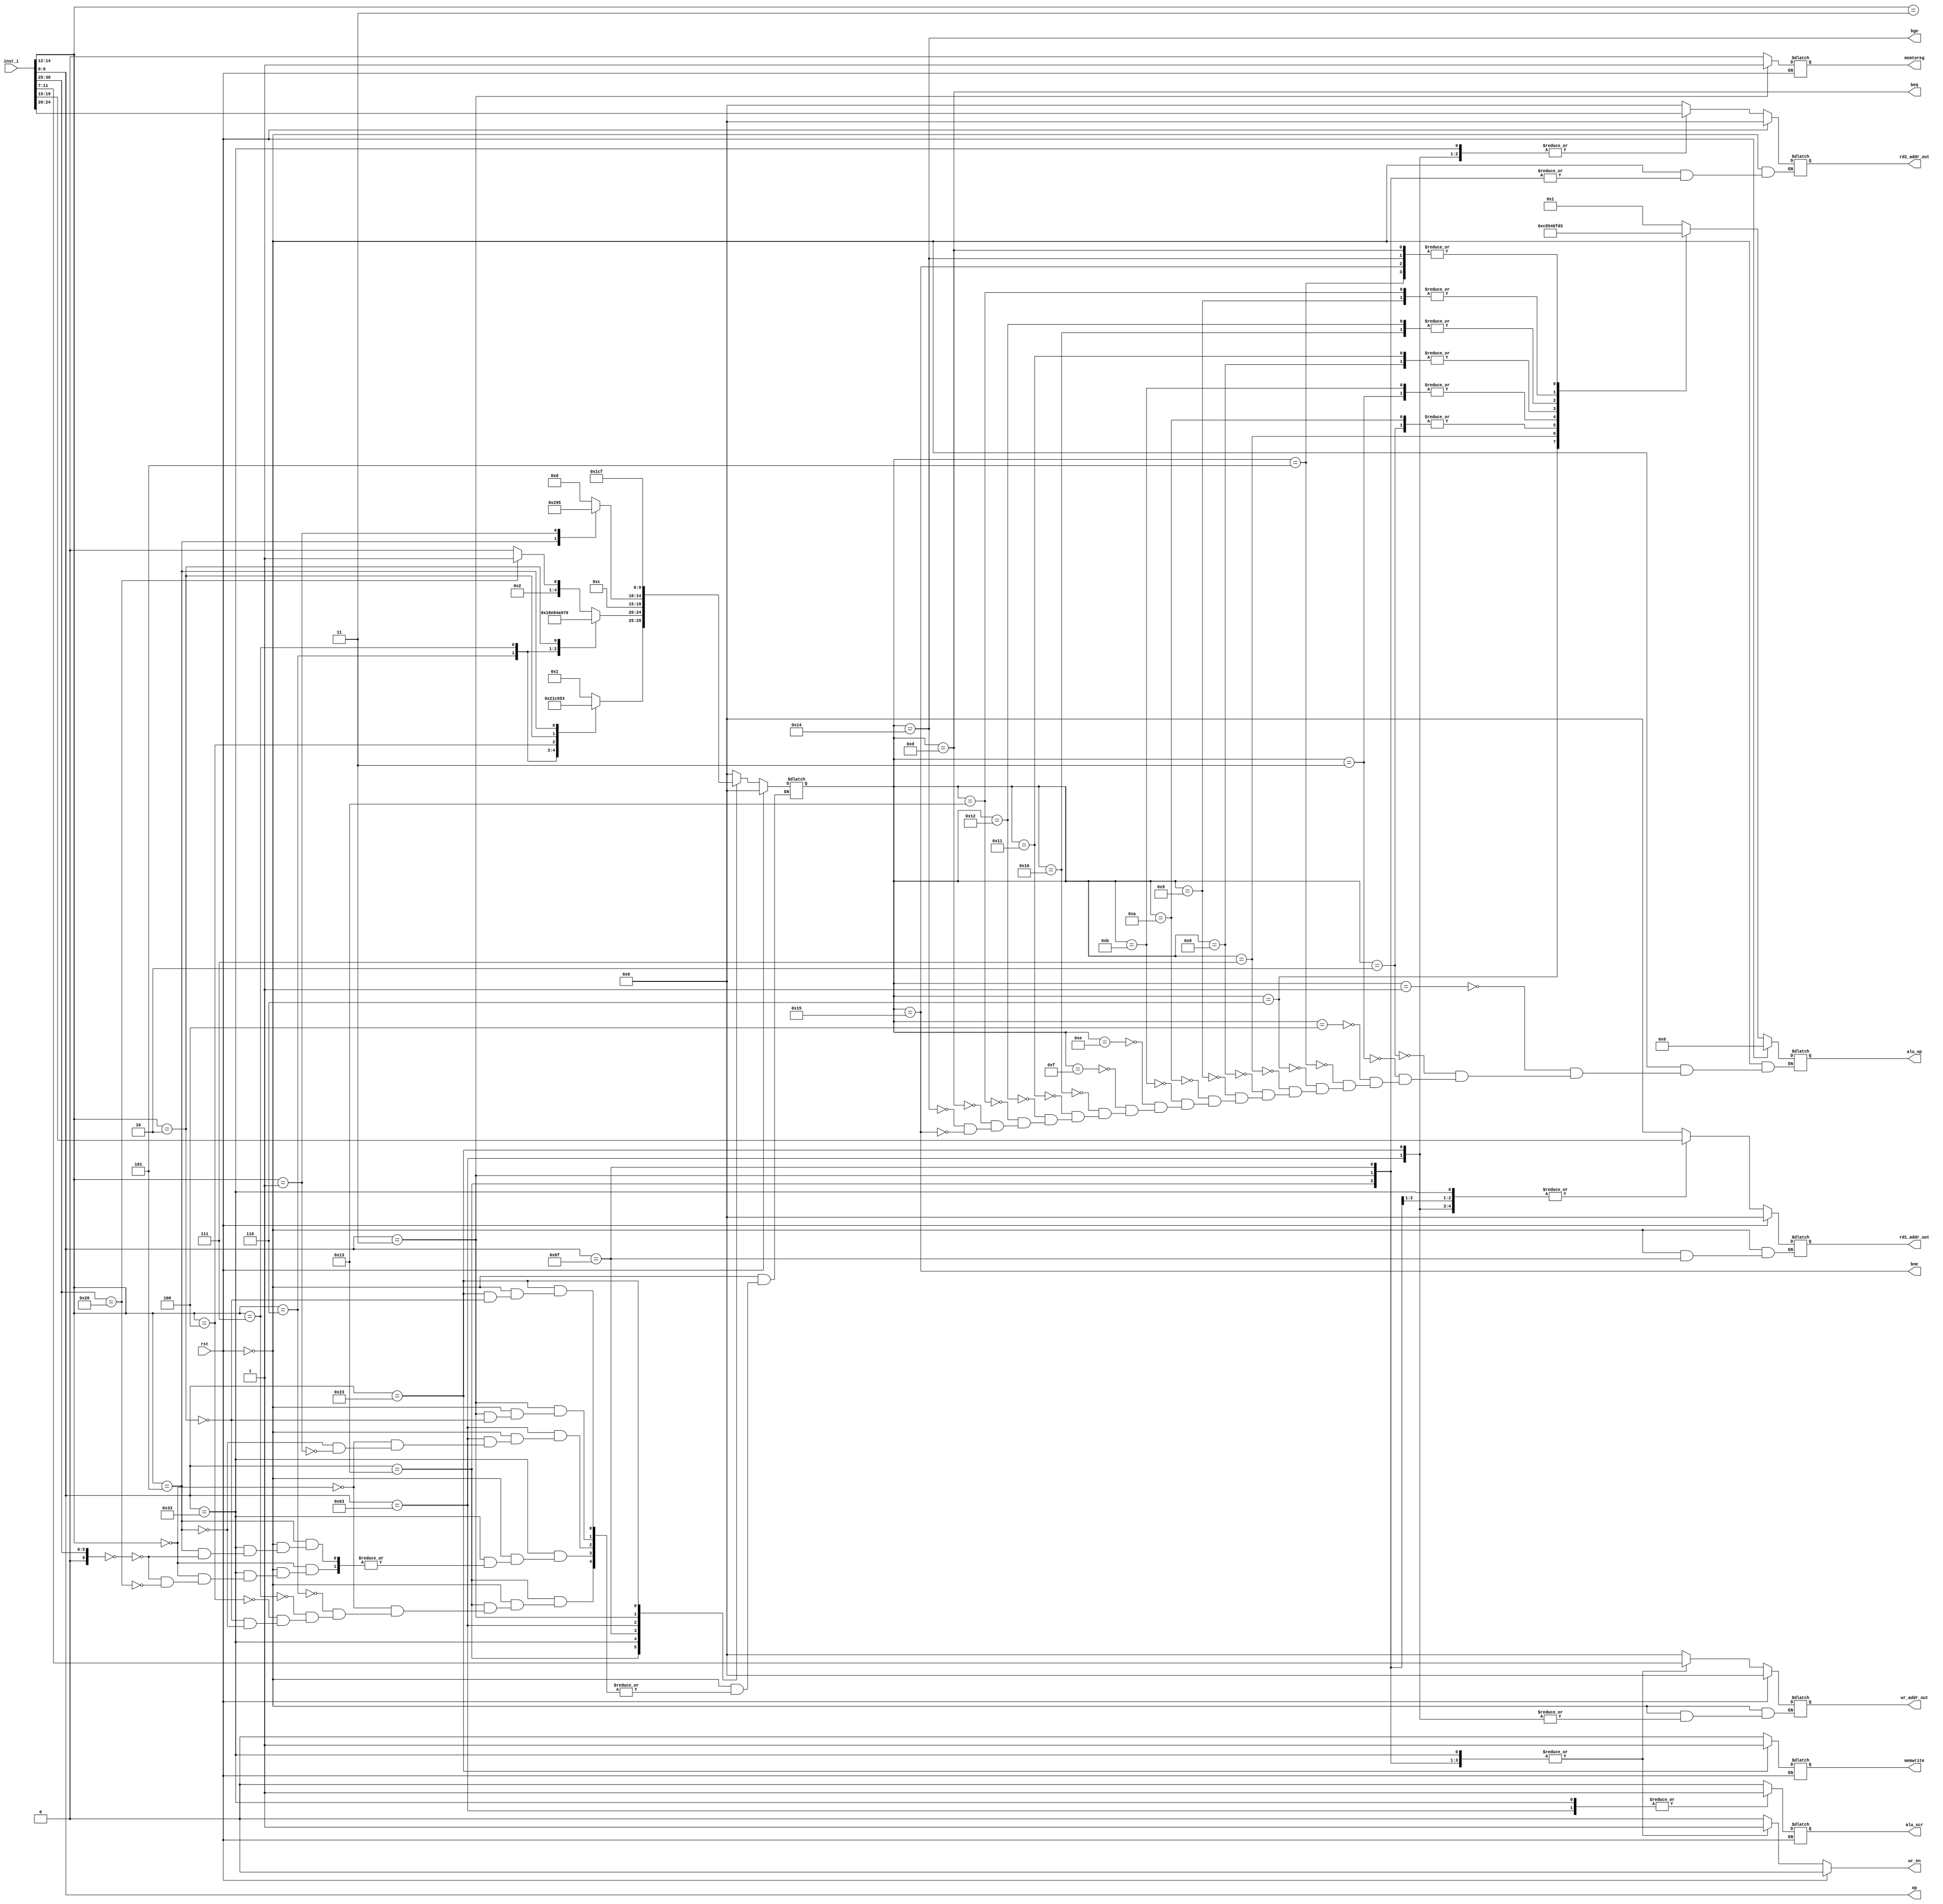
/*
1.  ( add )
2. 
3. 
3. 
*/

module id(//
    //system signals
    input                       rst,
	//pc_reg
    input               [31:0]  inst_i,//
	output						beq,//jal,//bne,
	output						bge,
	output						bne,
	//regfile
    output		reg     [4:0]   rd1_addr_out,//rs1_addr
    output		reg     [4:0]   rd2_addr_out,//rs2_addr
	output		reg				wr_en,
	output		reg		[4:0]	wr_addr_out,
	//alu
	output				[6:0]	op,
	output		reg		[3:0]	alu_op,
	output		reg				alu_scr,
	//data_memory
	output		reg				memwrite,
	output		reg				memtoreg
);
	//fun3
	localparam 	SW_FUNC3	= 3'b010;

	//op_code
	localparam	type_1	= 7'b001_0011,//I_TYPE  OP_IMM	7'b001_0011;
				type_2	= 7'b011_0011,//R_TYPE  OP		7'b011_0011;
				type_3	= 7'b110_1111,//J_TYPE	JAL		7'b110_1111;
				type_4	= 7'b110_0011,//B_TYPE	BRANCH	7'b110_0011;
				type_5	= 7'b000_0011,//I_TYPE	STORE	7'b000_0011;
				type_6	= 7'b010_0011;//S_TYPE	STORE	7'b010_0011;
	//sign_inst 
	localparam	INST_ADDI	=	5'd1,
				INST_ORI	=	5'd2,
				INST_ANDI	=	5'd3,
				INST_ADD	=	5'd4,
				INST_SUB	=	5'd5,
				INST_SLL	=	5'd6,
				INST_SLTU	=	5'd7,
				INST_XOR	=	5'd8,
				INST_SRL	=	5'd9,
				INST_OR		=	5'd10,
				INST_AND	=	5'd11,
				INST_JAL	=	5'd12,
				INST_BEQ	=	5'd13,
				INST_LW		=	5'd14,
				INST_SW		=	5'd15,
				INST_SLT	=	5'd16,
				INST_XORI	=	5'd17,
				INST_SLTI	=	5'd18,
				INST_SRLI	=	5'd19,
				INST_BGE	=	5'd20,
				INST_BNE	=	5'd21;
	//sign_alu 
	localparam	ADD = 4'b0001,
				SUB = 4'b0011,
				AND = 4'b0100,
			  	OR  = 4'b0101,
			  	XOR = 4'b0110,
			  	SLL = 4'b1100,
			  	SLTU= 4'b1000,
			  	SRL = 4'b1101,
				COM = 4'b1111;

	reg [4:0]	inst_judge;//

	wire [2:0]	func3;
	wire [6:0]	func7;
//----------------------------------------------------------------------------------------------------
	assign op 		=	inst_i[6:0];
	assign func3	=	inst_i[14:12];
	assign func7	=	inst_i[30:25];

	always@(*)begin
		if(rst)begin
			inst_judge = 'd0;
		end
		else begin
			case(op)
				type_1:begin
					case(func3)
						3'b000:inst_judge = INST_ADDI;
						3'b110:inst_judge = INST_ORI;
						3'b111:inst_judge = INST_ANDI;
						3'b100:inst_judge = INST_XORI;
						3'b010:inst_judge = INST_SLTI;
						3'b101:inst_judge = INST_SRLI;
					endcase
				end
				type_2:begin
					case(func3)
						3'b000:begin
							case (func7)
								7'b000_0000: inst_judge = INST_ADD;
								7'b010_0000: inst_judge = INST_SUB;
							endcase
						end
						3'b001:inst_judge = INST_SLL;
						3'b011:inst_judge = INST_SLTU;
						3'b100:inst_judge = INST_XOR;
						3'b101:begin
							case(func7)
								7'b000_0000:inst_judge = INST_SRL;
							endcase
						end
						3'b110:inst_judge = INST_OR;
						3'b111:inst_judge = INST_AND;
						3'b010:inst_judge = INST_SLT;
					endcase
				end
				type_3:begin
					inst_judge = INST_JAL;
				end
				type_4:begin
					case(func3)
						3'b000:inst_judge = INST_BEQ;
						3'b101:inst_judge = INST_BGE;
						3'b001:inst_judge = INST_BNE;
					endcase
				end
				type_5:begin
					case(func3)
						3'b010:inst_judge = INST_LW;
					endcase
				end
				type_6:begin
					case(func3)
						3'b010:inst_judge = INST_SW;
					endcase
				end
				default:begin
					inst_judge = 'd0;
				end
			endcase
		end
	end
//----------------------------------------------------------------------------------------------------
assign beq = (inst_judge == INST_BEQ);//
assign bge=  (inst_judge == INST_BGE);
assign bne=  (inst_judge == INST_BNE);
//assign jal = (inst_judge == INST_JAL);
//----------------------------------------------------------------------------------------------------
//rs1rs2rd
//aluscr10
//rs1rs2rd
	always@(*)begin
		if(rst)begin
			rd1_addr_out = 'b0;
			rd2_addr_out = 'b0;
			wr_en		 = 'b0;
			wr_addr_out	 = 'b0;
		end
		else begin
			case(op)
				type_1:begin
					rd1_addr_out = inst_i[19:15];
					wr_addr_out  = inst_i[11:7];
					wr_en		 = 'b1;
					memwrite	 = 'b0;
					memtoreg	 = 'b0;
					alu_scr 	 = 'b0;
				end
				type_2:begin
					rd1_addr_out = inst_i[19:15];
					rd2_addr_out = inst_i[24:20];
					wr_addr_out  = inst_i[11:7];
					wr_en		 = 'b1;
					memwrite	 = 'b0;
					memtoreg	 = 'b0;
					alu_scr 	 = 'b1;
				end
				type_3:begin
					wr_addr_out  = inst_i[11:7];
					wr_en		 = 'b1;
					memwrite	 = 'b0;
					memtoreg	 = 'b0;
					alu_scr 	 = 'b0;
				end
				type_4:begin
					rd1_addr_out = inst_i[19:15];
					rd2_addr_out = inst_i[24:20];
					wr_en		 = 'b0;
					memwrite	 = 'b0;
					memtoreg	 = 'b0;
					alu_scr 	 = 'b1;
				end
				type_5:begin
					rd1_addr_out = inst_i[19:15];// + imm_exp;
					wr_addr_out  = inst_i[11:7];
					wr_en		 = 'b1;
					memwrite	 = 'b0;
					memtoreg	 = 'b1;
					alu_scr 	 = 'b0;
				end
				type_6:begin
					rd1_addr_out = inst_i[19:15];
					rd2_addr_out = inst_i[24:20];
					wr_en		 = 'b0;
					memwrite	 = 'b1;
					memtoreg	 = 'b0;
					alu_scr 	 = 'b0;
				end
				default:begin
					rd1_addr_out = 0;
					rd2_addr_out = 0;
					wr_addr_out  = 0;
					wr_en		 = 0;
					memwrite	 = 'b0;
					memtoreg	 = 'b0;
					alu_scr 	 = 'b0;
				end
			endcase
		end
	end
//----------------------------------------------------------------------------------------------------

//--------------------------------------------------------------------alu---------------------------------
	always @(*) begin
		if(rst)begin
			alu_op = 'b0;
		end
		else begin
			case(inst_judge)
				INST_ADDI	:	alu_op = ADD	;
				INST_ORI	:	alu_op = OR		;
				INST_ANDI	:	alu_op = AND	;
				INST_ADD	:	alu_op = ADD	;
				INST_SUB	:	alu_op = SUB	;
				INST_SLL	:	alu_op = SLL	;
				INST_SLTU	:	alu_op = SLTU	;
				INST_XOR	:	alu_op = XOR	;
				INST_SRL	:	alu_op = SRL	;
				INST_OR		:	alu_op = OR		;
				INST_AND	:	alu_op = AND	;
				INST_LW		:	alu_op = ADD	;
				INST_SW		:	alu_op = ADD	;
				INST_SLT	:	alu_op = COM	;
				INST_XORI	:	alu_op = XOR	;
				INST_SLTI	:	alu_op = COM	;
				INST_SRLI	:	alu_op = SRL	;
				INST_BEQ	:	alu_op = SUB	;
				INST_BGE	:	alu_op = SUB	;
				INST_BNE	:	alu_op = SUB	;
			endcase
		end
	end
//--------------------------------------------------------------------alu---------------------------------

endmodule